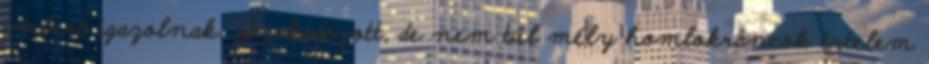
embert igazolnak. Szakadozott, de nem túl mély homlokráncok értelem